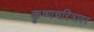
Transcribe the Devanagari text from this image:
कृष्णचरित्रावर